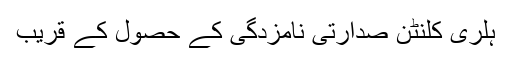
ہلری کلنٹن صدارتی نامزدگی کے حصول کے قریب